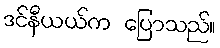
ဒင်နီယယ်က ပြောသည်။